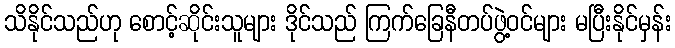
သိနိုင်သည်ဟု စောင့်ဆိုင်းသူများ ဒိုင်သည် ကြက်ခြေနီတပ်ဖွဲ့ဝင်များ မပြီးနိုင်မှန်း